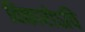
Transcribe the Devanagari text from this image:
विकारोऽपि